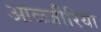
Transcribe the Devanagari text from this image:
आळ्जीरिया